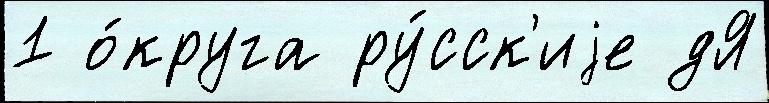
1 о́круга ру́сск'иjе дЯ